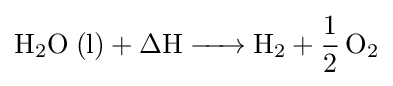
{\ce {H2O (l) + \Delta H -> H2 + 1/2 O2}}